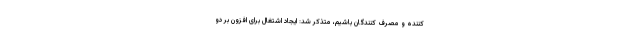
کننده و مصرف کنندگان باشیم، متذکر شد: ایجاد اشتغال برای افزون بر دو